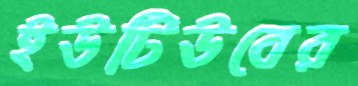
ইউটিউবের